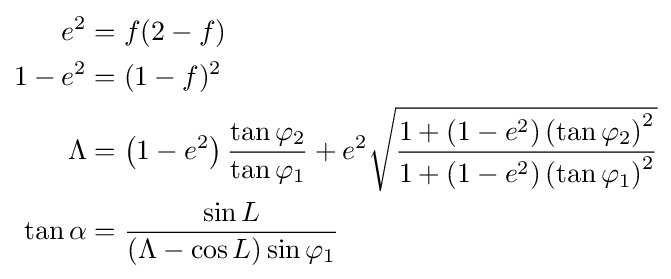
{\begin{aligned}e^{2}&=f(2-f)\\1-e^{2}&=(1-f)^{2}\\\Lambda &=\left(1-e^{2}\right){\frac {\tan \varphi _{2}}{\tan \varphi _{1}}}+e^{2}{\sqrt {\frac {1+\left(1-e^{2}\right)\left(\tan \varphi _{2}\right)^{2}}{1+\left(1-e^{2}\right)\left(\tan \varphi _{1}\right)^{2}}}}\\\tan \alpha &={\frac {\sin L}{(\Lambda -\cos L)\sin \varphi _{1}}}\end{aligned}}